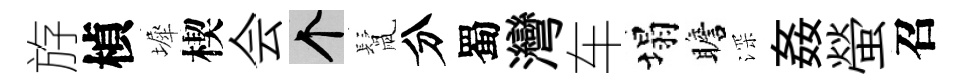
斿楨墀楔会个鬛分蜀灣车塌瞻深姦螢召